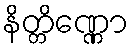
နိတ္တိဏ္ဏော